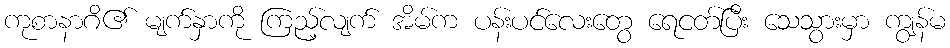
ကုစာနာဂိ၏ မျက်နှာကို ကြည့်လျက် အိမ်က ပန်းပင်လေးတွေ ရေငတ်ပြီး သေသွားမှာ ကျွန်မ